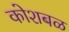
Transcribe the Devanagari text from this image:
कोशबळ